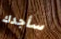
سأجدك